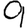
Digit: 9